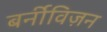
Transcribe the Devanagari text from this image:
बर्नीविज़न